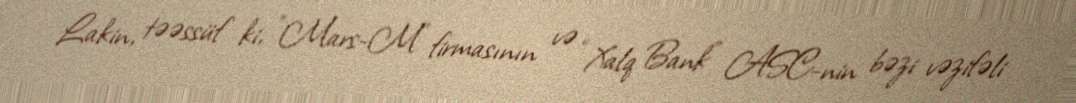
Lakin, təəssüf ki, ”Mars-M" firmasının və “Xalq Bank” ASC-nin bəzi vəzifəli